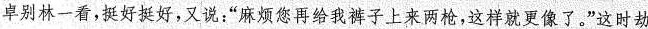
卓别林一看，挺好挺好，又说：“麻烦您再给我裤子上来两枪，这样就更像了。”这时劫